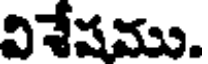
విశేషము.